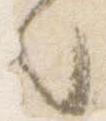
々